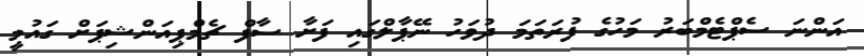
އަންނަ ސެޕްޓެމްބަރު މަހުގެ ފުރަތަމަ ދުވަހު ނޭޕާލްގައި ފަށާ ސާފް ޗެމްޕިއަންޝިޕަށް ގައުމީ